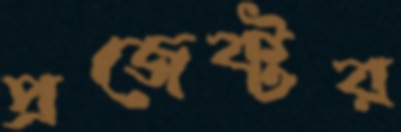
প্রজেক্টর